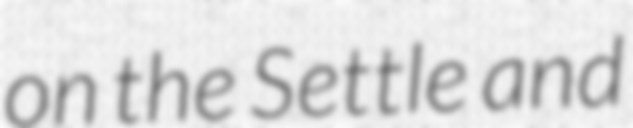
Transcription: on the Settle and